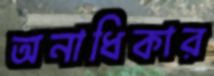
অনাধিকার